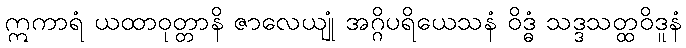
ဣကာရံ ယထာဝုတ္တာနိ ဇာလေယျုံ အဂ္ဂိပရိယေသနံ ဝိဒ္ဓံ သဒ္ဒသတ္ထဝိဒူနံ